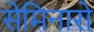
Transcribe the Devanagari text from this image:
सेमिनारो